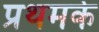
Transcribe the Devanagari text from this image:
प्रथमके